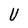
Character: U